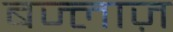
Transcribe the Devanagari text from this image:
बज्लाज़